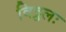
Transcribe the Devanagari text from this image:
विठ्ठलः